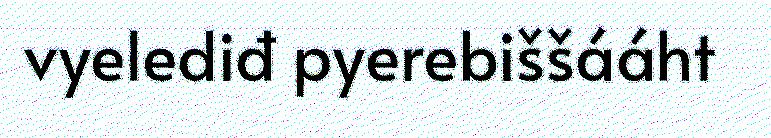
vyelediđ pyerebiššááht